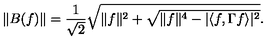
\| B ( f ) \| = \frac { 1 } { \sqrt { 2 } } \sqrt { \| f \| ^ { 2 } + \sqrt { \| f \| ^ { 4 } - | \langle f , \Gamma f \rangle | ^ { 2 } } } .